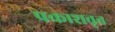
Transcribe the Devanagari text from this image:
प्रकाशवृत्त